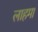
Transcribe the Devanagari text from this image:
लाहमा